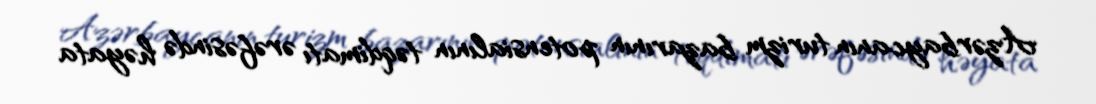
Azərbaycanın turizm bazarının potensialının təqdimatı ərəfəsində həyata